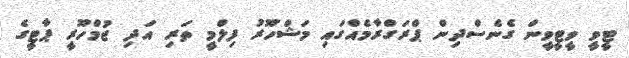
ޓީވީ ވީޓީވީން ގެނެސްދިން ޕްރަގްރާމެއްގައި މަޝްހޫރު ފިލްމީ ތަރި އަދި ޖުމްހޫރީ ޕާޓީގެ